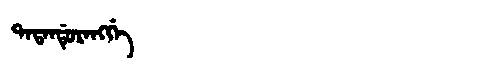
Manchu: ᡨᠠᡨᠠᠨᡩᡠᡵᠠᠩᡤᡝ
Romanization: TATANDURANGGE